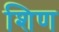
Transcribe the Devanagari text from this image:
शिण